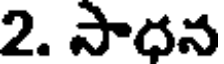
2. సాధన